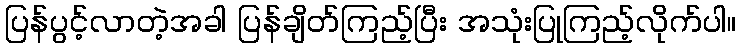
ပြန်ပွင့်လာတဲ့အခါ ပြန်ချိတ်ကြည့်ပြီး အသုံးပြုကြည့်လိုက်ပါ။